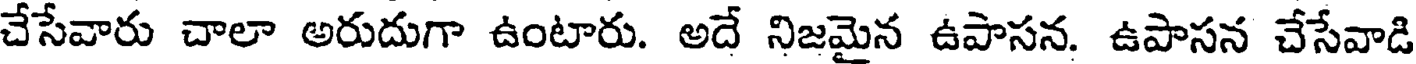
చేసేవారు చాలా అరుదుగా ఉంటారు. అదే నిజమైన ఉపాసన. ఉపాసన చేసేవాడి